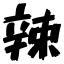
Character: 辣